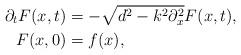
LaTeX: \begin{align*}\partial_{t}F(x,t) &= -\sqrt{d^{2}-k^{2}\partial_{x}^{2}}F(x,t),\\F(x,0) & = f(x), \end{align*}